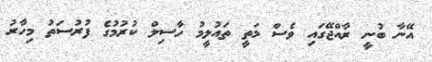
އޭނާ ބުނީ ރާއްޖޭގައި ވެސް މަތީ ތައުލީމު ހާސިލް ކުރުމުގެ ފުރުސަތު މިހާރު